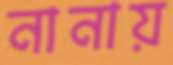
নানায়